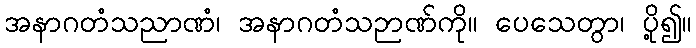
အနာဂတံသညာဏံ၊ အနာဂတံသဉာဏ်ကို။ ပေသေတွာ၊ ပို့၍။